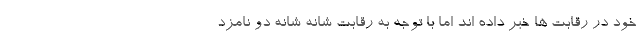
خود در رقابت ها خبر داده اند اما با توجه به رقابت شانه شانه دو نامزد